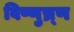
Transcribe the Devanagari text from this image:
विष्णुच्र्ण